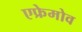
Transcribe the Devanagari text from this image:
एफ्रेमोव